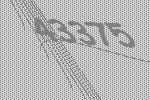
43375